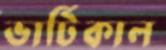
ভার্টিকাল